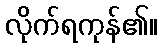
လိုက်ရကုန်၏။